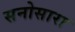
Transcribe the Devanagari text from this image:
सनोसारा